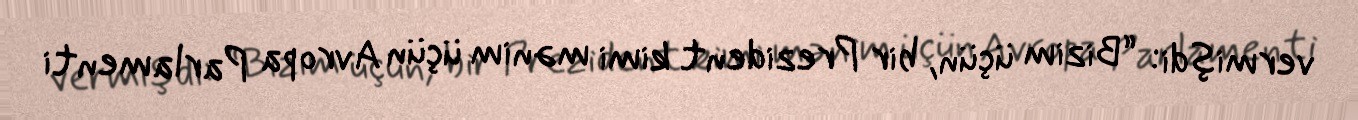
vermişdi: “Bizim üçün, bir Prezident kimi mənim üçün Avropa Parlamenti